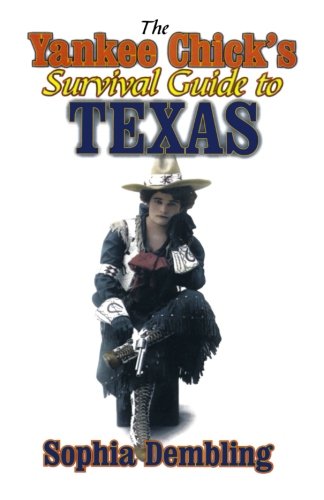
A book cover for The Yankee Chick's Survival Guide to Texas; Sophia Dembling; Humor & Entertainment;